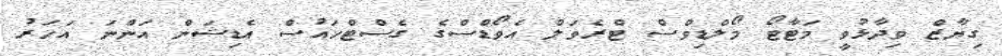
ގިޔާޒް ވިދާޅުވީ މަޓާޓޯ މޯލްޑިވްސް ޓްރެވަލް އެވޯޑްސްގެ ގެސްޓްހައުސް އެޑިޝަން އަންނަ އަހަރު